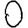
Digit: 0